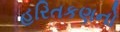
હરિતકણનો